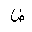
Letter: _dad